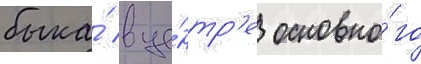
быка́ в це́нтр'е основно́го